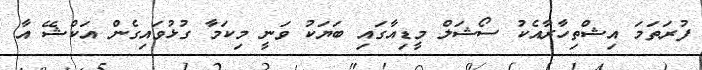
ފުރަތަމަ އިޝްތިހާރާއެކު ސޯޝަލް މީޑިއާގައި ބަޔަކު ވަނީ މިކަމާ ގުޅުވައިގެން އަކްޝޭ އާ